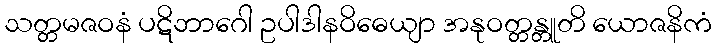
သတ္တမဇဝနံ ပဋိဘာဂေါ ဥပါဒါနဝိဓေယျာ အနုဝတ္တန္တူတိ ယောဇနိကံ